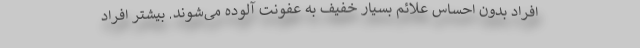
افراد بدون احساس علائم بسیار خفیف به عفونت آلوده می‌شوند. بیشتر افراد